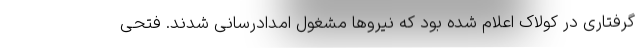
گرفتاری در کولاک اعلام شده بود که نیروها مشغول امدادرسانی شدند. فتحی